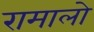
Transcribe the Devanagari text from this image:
रामालो